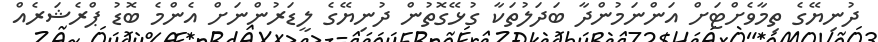
ދުނިޔޭގެ ތިމާވެށްޓަށް އަންނަމުންދާ ބަދަލުތަކާ ގުޅޭގޮތުން ދުނިޔޭގެ ލީޑަރުންނަށް އެންމެ ބޮޑު ޕްރެޝަރެއް